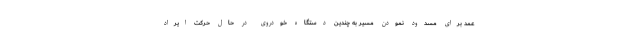
عمد برای مسدود نمودن مسیر به چندین دستگاه خودروی در حال حرکت ایراد